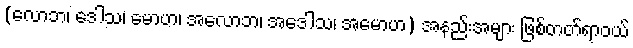
(လောဘ၊ ဒေါသ၊ မောဟ၊ အလောဘ၊ အဒေါသ၊ အမောဟ) အနည်းအများ ဖြစ်တတ်ရာဝယ်